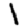
Digit: 1